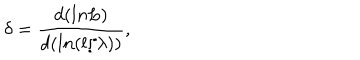
\delta = \frac { d ( l n L ) } { d ( l n ( l / \lambda ) ) } ,